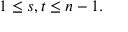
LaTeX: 1 \leq s , t \leq n - 1 .